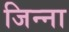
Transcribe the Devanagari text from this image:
जिन्‍ना